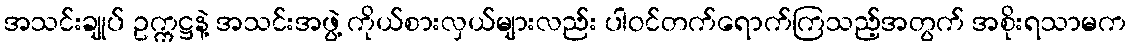
အသင်းချုပ် ဥက္ကဋ္ဌနဲ့ အသင်းအဖွဲ့ ကိုယ်စားလှယ်များလည်း ပါဝင်တက်ရောက်ကြသည့်အတွက် အစိုးရသာမက